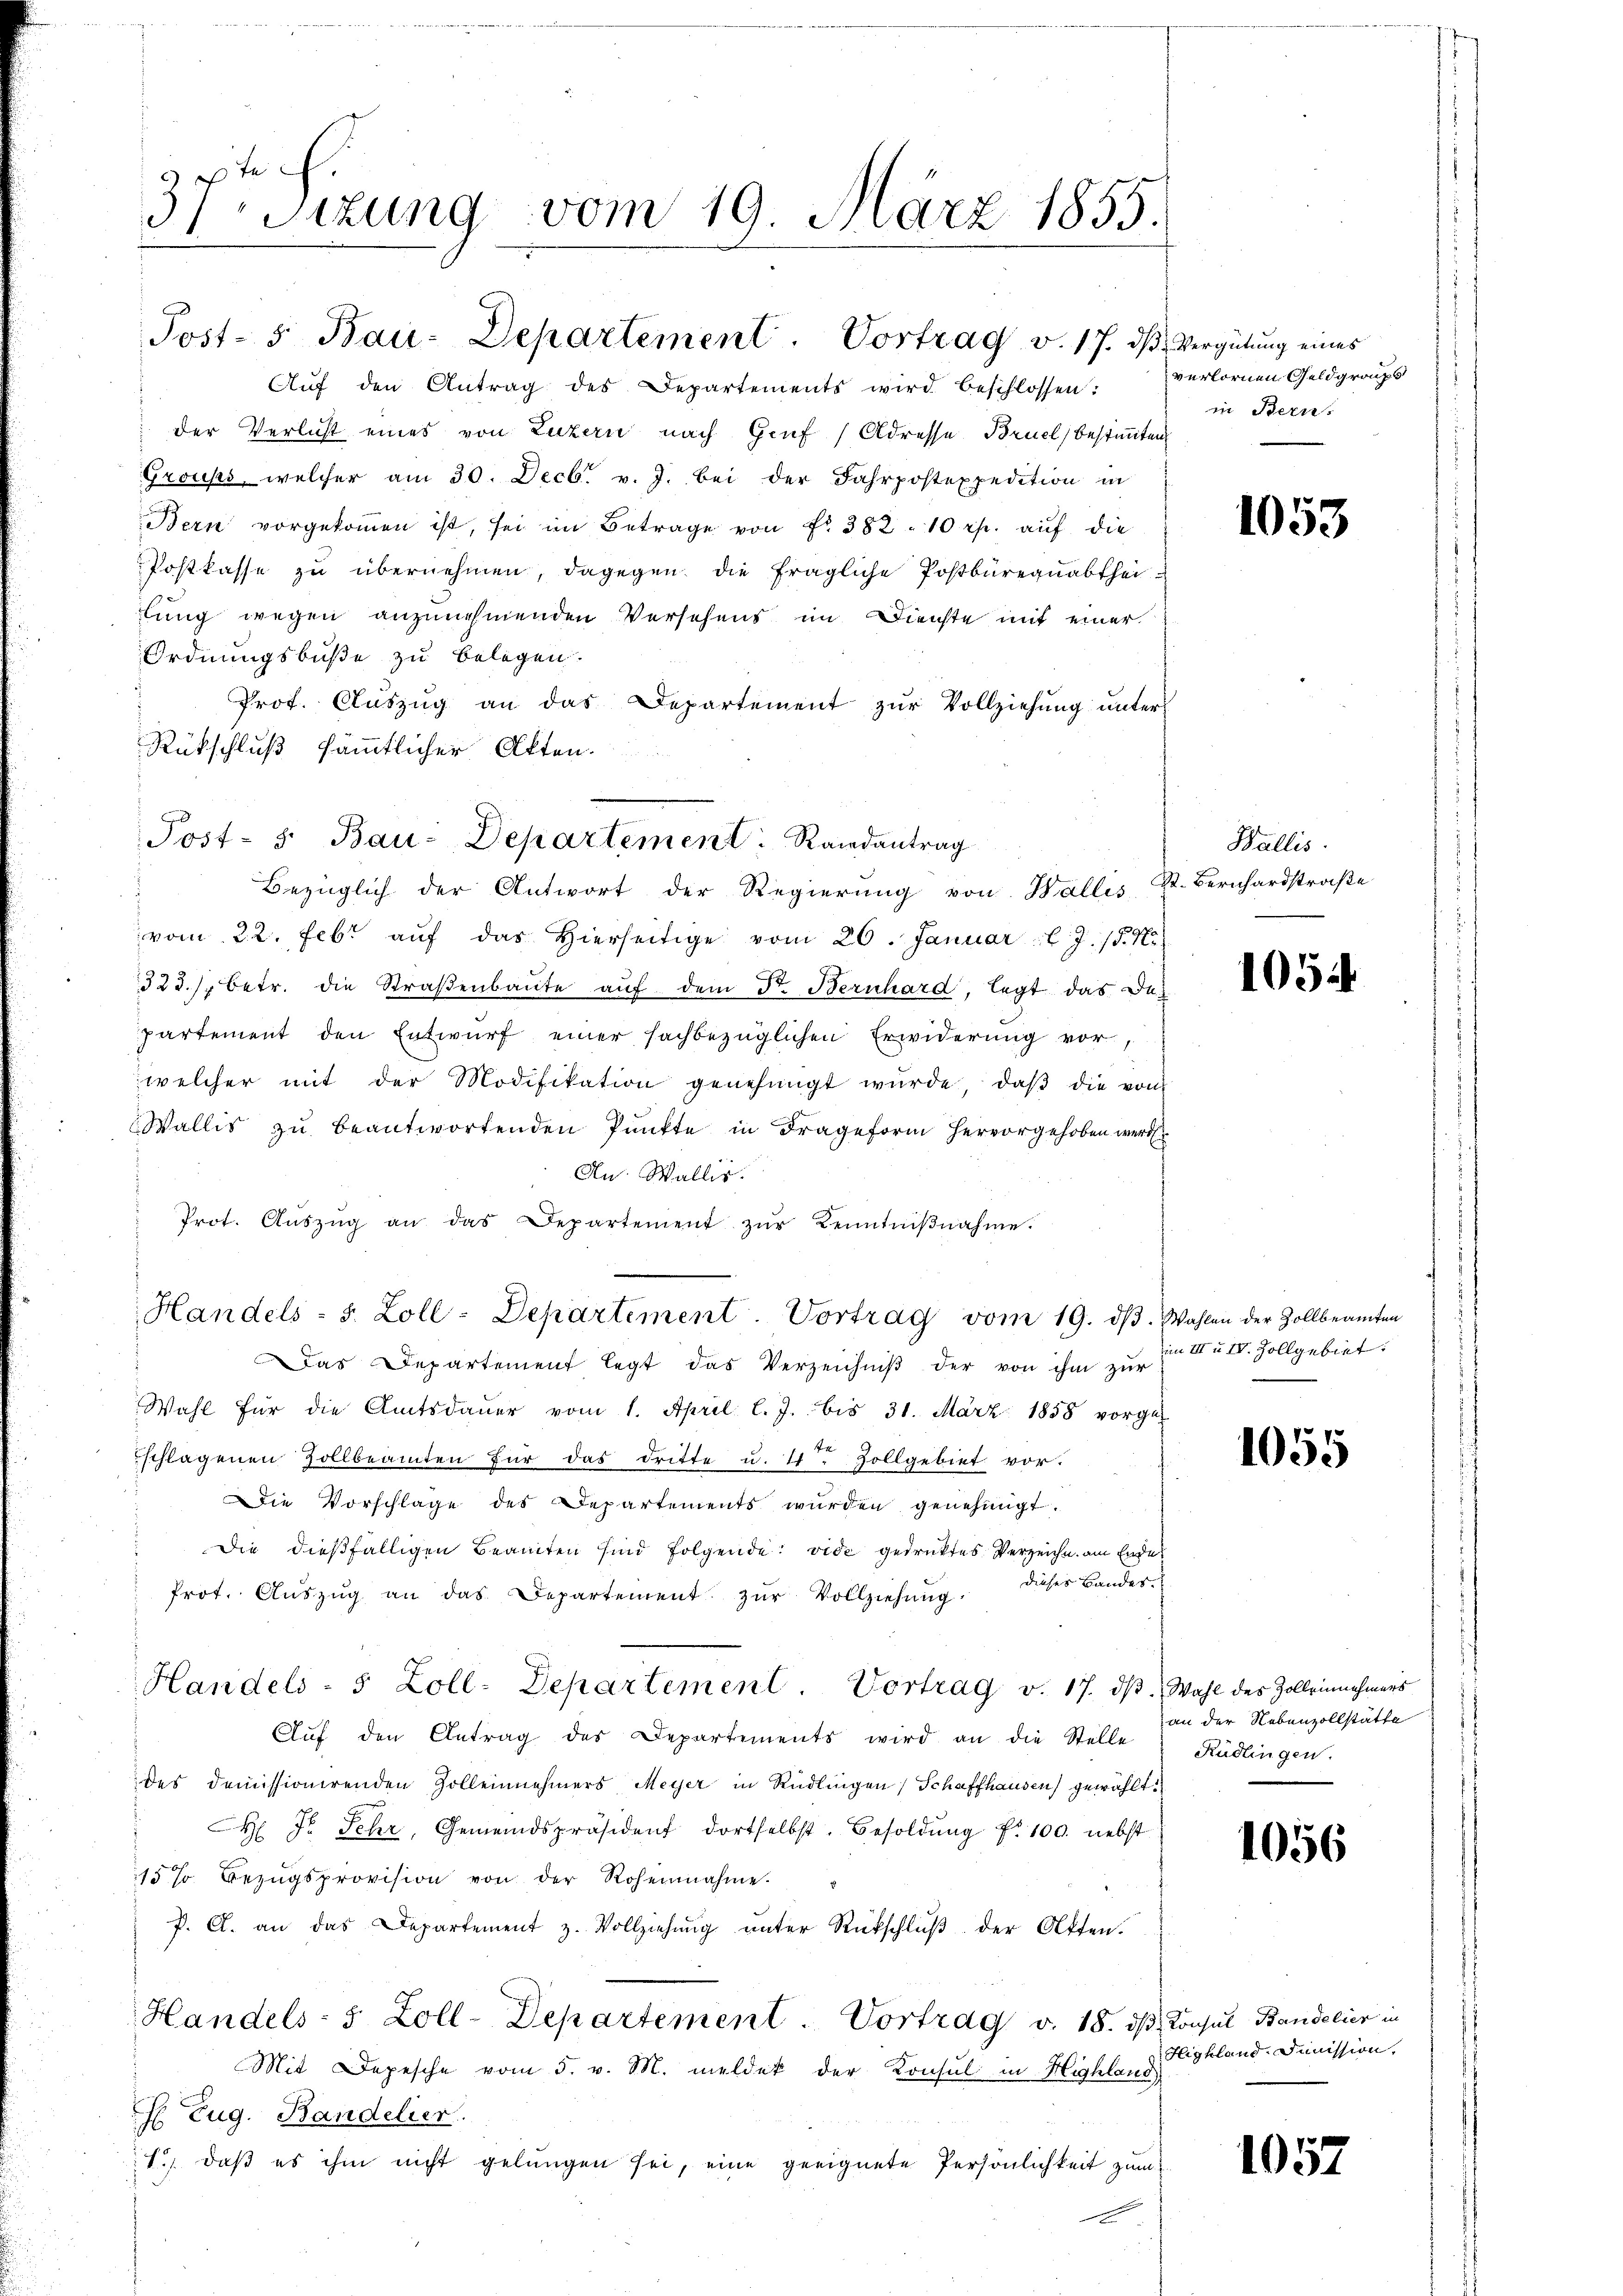
37 Sizung vom 19. März 1855.
e

Post- 5. Bau-Departement. Vortrag v. 17. ds
Aŭf den Antrag des Departements wird beschlossen: verlornen Geldgroups

Handels- s. Zoll-Departement. Vortrag vom 19. dβ. Wahlen der Zollbeamten

Post- 5. Bau-Departement: Randantrag
Bezüglich der Antwort der Regierung von Wallis, St. Bernhardstraße

der Verlust eines von Luzern nach Genf (Adresse Bruel, bestimmten
Grouss, welcher am 30. Decbr. v. J. bei der Fahrpostexpedition in
Bern vorgekommen ist, sei im Betrage von Fr. 382 - 10 rp. auf die
Postkasse zu übernehmen, dagegen die fragliche Postbürequabthei-
lung wegen anzunehmenden Versehens im Dienste mit einer
Ordnungsbuße zu belegen.
Prof. Aŭszŭg an das Departement zŭr Vollziehŭng ŭnter
Rückschluß sämmtlicher Akten.
vom 22. Febr aŭf das hierseitige vom 20. Januar l. J. 18. No
323/7 betr. die Straβenbaute auf dem Dr. Bernhard, legt das Da
partement den Entwurf einer sachbezüglichen Erwiderung vor
welcher mit der Modifikation genehmigt würde, daβ die von
Wallis zu beantwortenden Punkte in Frageform hervorgehoben werd
Au. Wallis.
Prot. Aŭszŭg an das Departement zŭr Kenntniβnahme.
Das Departement legt das Verzeichniβ der von ihm zur
Wahl für die Amtsdaŭer vom 1. April l. J. bis 31. März 1858 vorge-
schlagenen Zollbeamten für das Dritte u. 11ten Zollgebiet vor.
Die Vorschlage des Departements würden genehmigt.
Die dießfälligen Beamten sind folgende vide gedrucktes Verzeichn am Ende
dieses Bandes.
Prot. Aŭszŭg an das Departement zŭr Vollziehŭng
Handels- 5 Zoll-Departement. Vortrag v. 17. dβ. Wahl des Zolleinnehmers
Aŭf den Antrag der Departements wird an die Stelle
des demissionirenden Zollennehmers Meyer in Rüdlingen Schaffhausen gewählt:
 Fr. Sehr, Gemeindspräsident dortselbst. Besoldŭng fr. 100. nebst
15 % Bezŭgsprovision von der Rohennahme.
P. A. an das Departement z. Vollziehŭng ŭnter Rückschlŭβ der Otten.
Handels- 5 Zoll-Departement. Vortrag v. 18. ds. Consul Bandelier in
Mit Depesche vom 5. v. M. meldet der Konsul in Highland
 Eug. Bandelier.
1.) daß es ihm nicht gelungen sei, eine geeignete Persönlichkeit zum
x

Vergütung eines
in Bern.

1053

Wallis.

1054

im III u. IV. Zollgebiet

1055

an der Nebenzollstätte
Rüdlingen.

1056

Highland Dimission,

1057